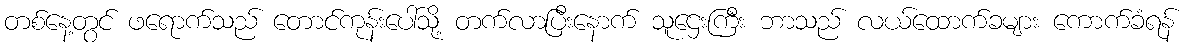
တစ်နေ့တွင် ဖရောက်သည် တောင်ကုန်းပေါ်သို့ တက်လာပြီးနောက် သူဌေးကြီး ဘာသည် လယ်ထောက်ခများ ကောက်ခံရန်